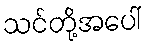
သင်တို့အပေါ်